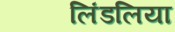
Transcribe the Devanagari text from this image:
लिंडलिया